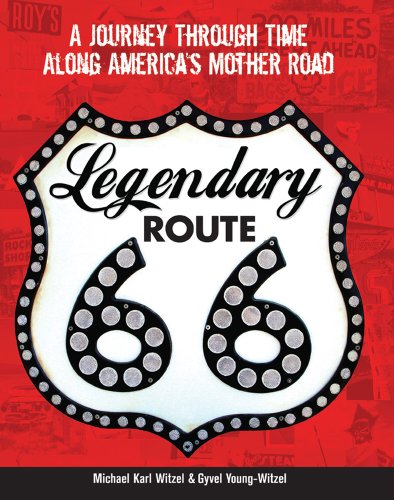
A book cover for Legendary Route 66: A Journey Through Time Along America's Mother Road; Michael Karl Witzel; Humor & Entertainment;